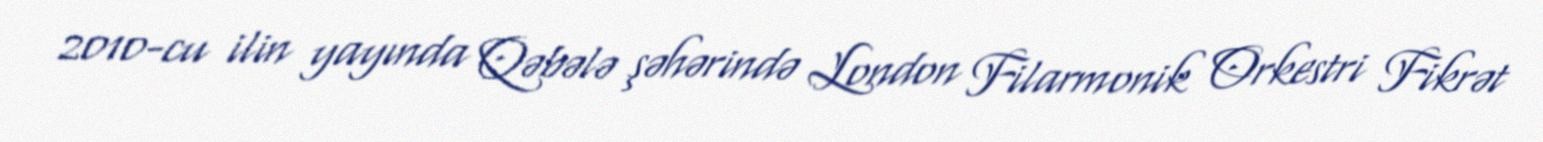
2010-cu ilin yayında Qəbələ şəhərində London Filarmonik Orkestri Fikrət